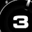
Digit: 3